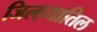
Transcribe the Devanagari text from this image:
जिल्हयातिल